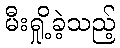
မီးရှို့ခဲ့သည့်